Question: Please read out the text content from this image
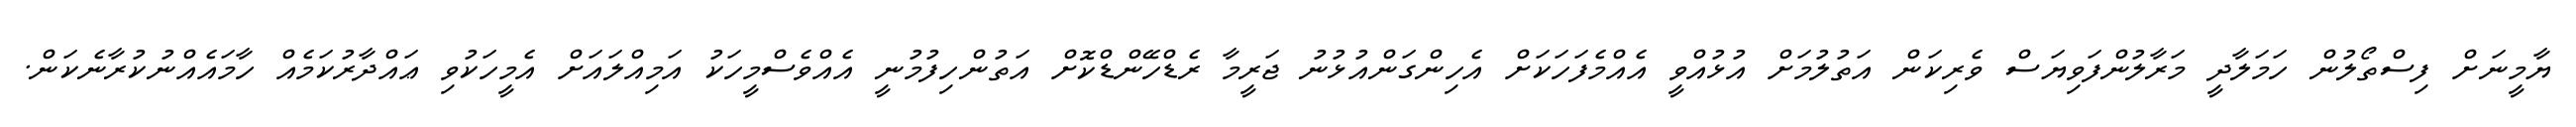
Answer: ޔާމީނަށް ފިސްތޯލުން ހަމަލާދީ މަރާލުންފަވިޔަސް ވެރިކަން އަތުލުމަށް އުޅުއްވީ އެއްމެފަހަކަށް އެހިންގަންއުޅުނު ޖަރީމާ ރެޑްހޭންޑްކޮށް އަތުންހިފުމުނީ އެއްވެސްމީހަކު އަމިއްލައަށް އެމީހަކުވި ޢައްދާރުކަމެއް ހާމައެއްނުކުރާނެކަން.